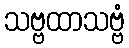
သဗ္ဗထာသဗ္ဗံ